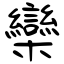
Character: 欒